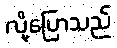
လို့ပြောသည်